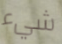
شيء